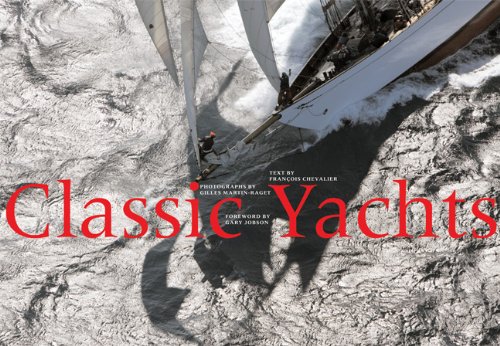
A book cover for Classic Yachts; Francois Chevalier; Arts & Photography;